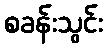
စခန်းသွင်း